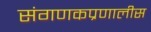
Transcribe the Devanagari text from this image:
संगणकप्रणालीस